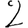
Digit: 2